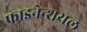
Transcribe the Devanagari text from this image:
फाइनेन्शयल